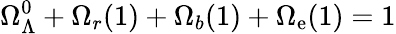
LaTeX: \Omega_{\Lambda}^{0}+\Omega_{r}(1)+\Omega_{b}(1)+\Omega_{\mathrm{e}}(1)=1